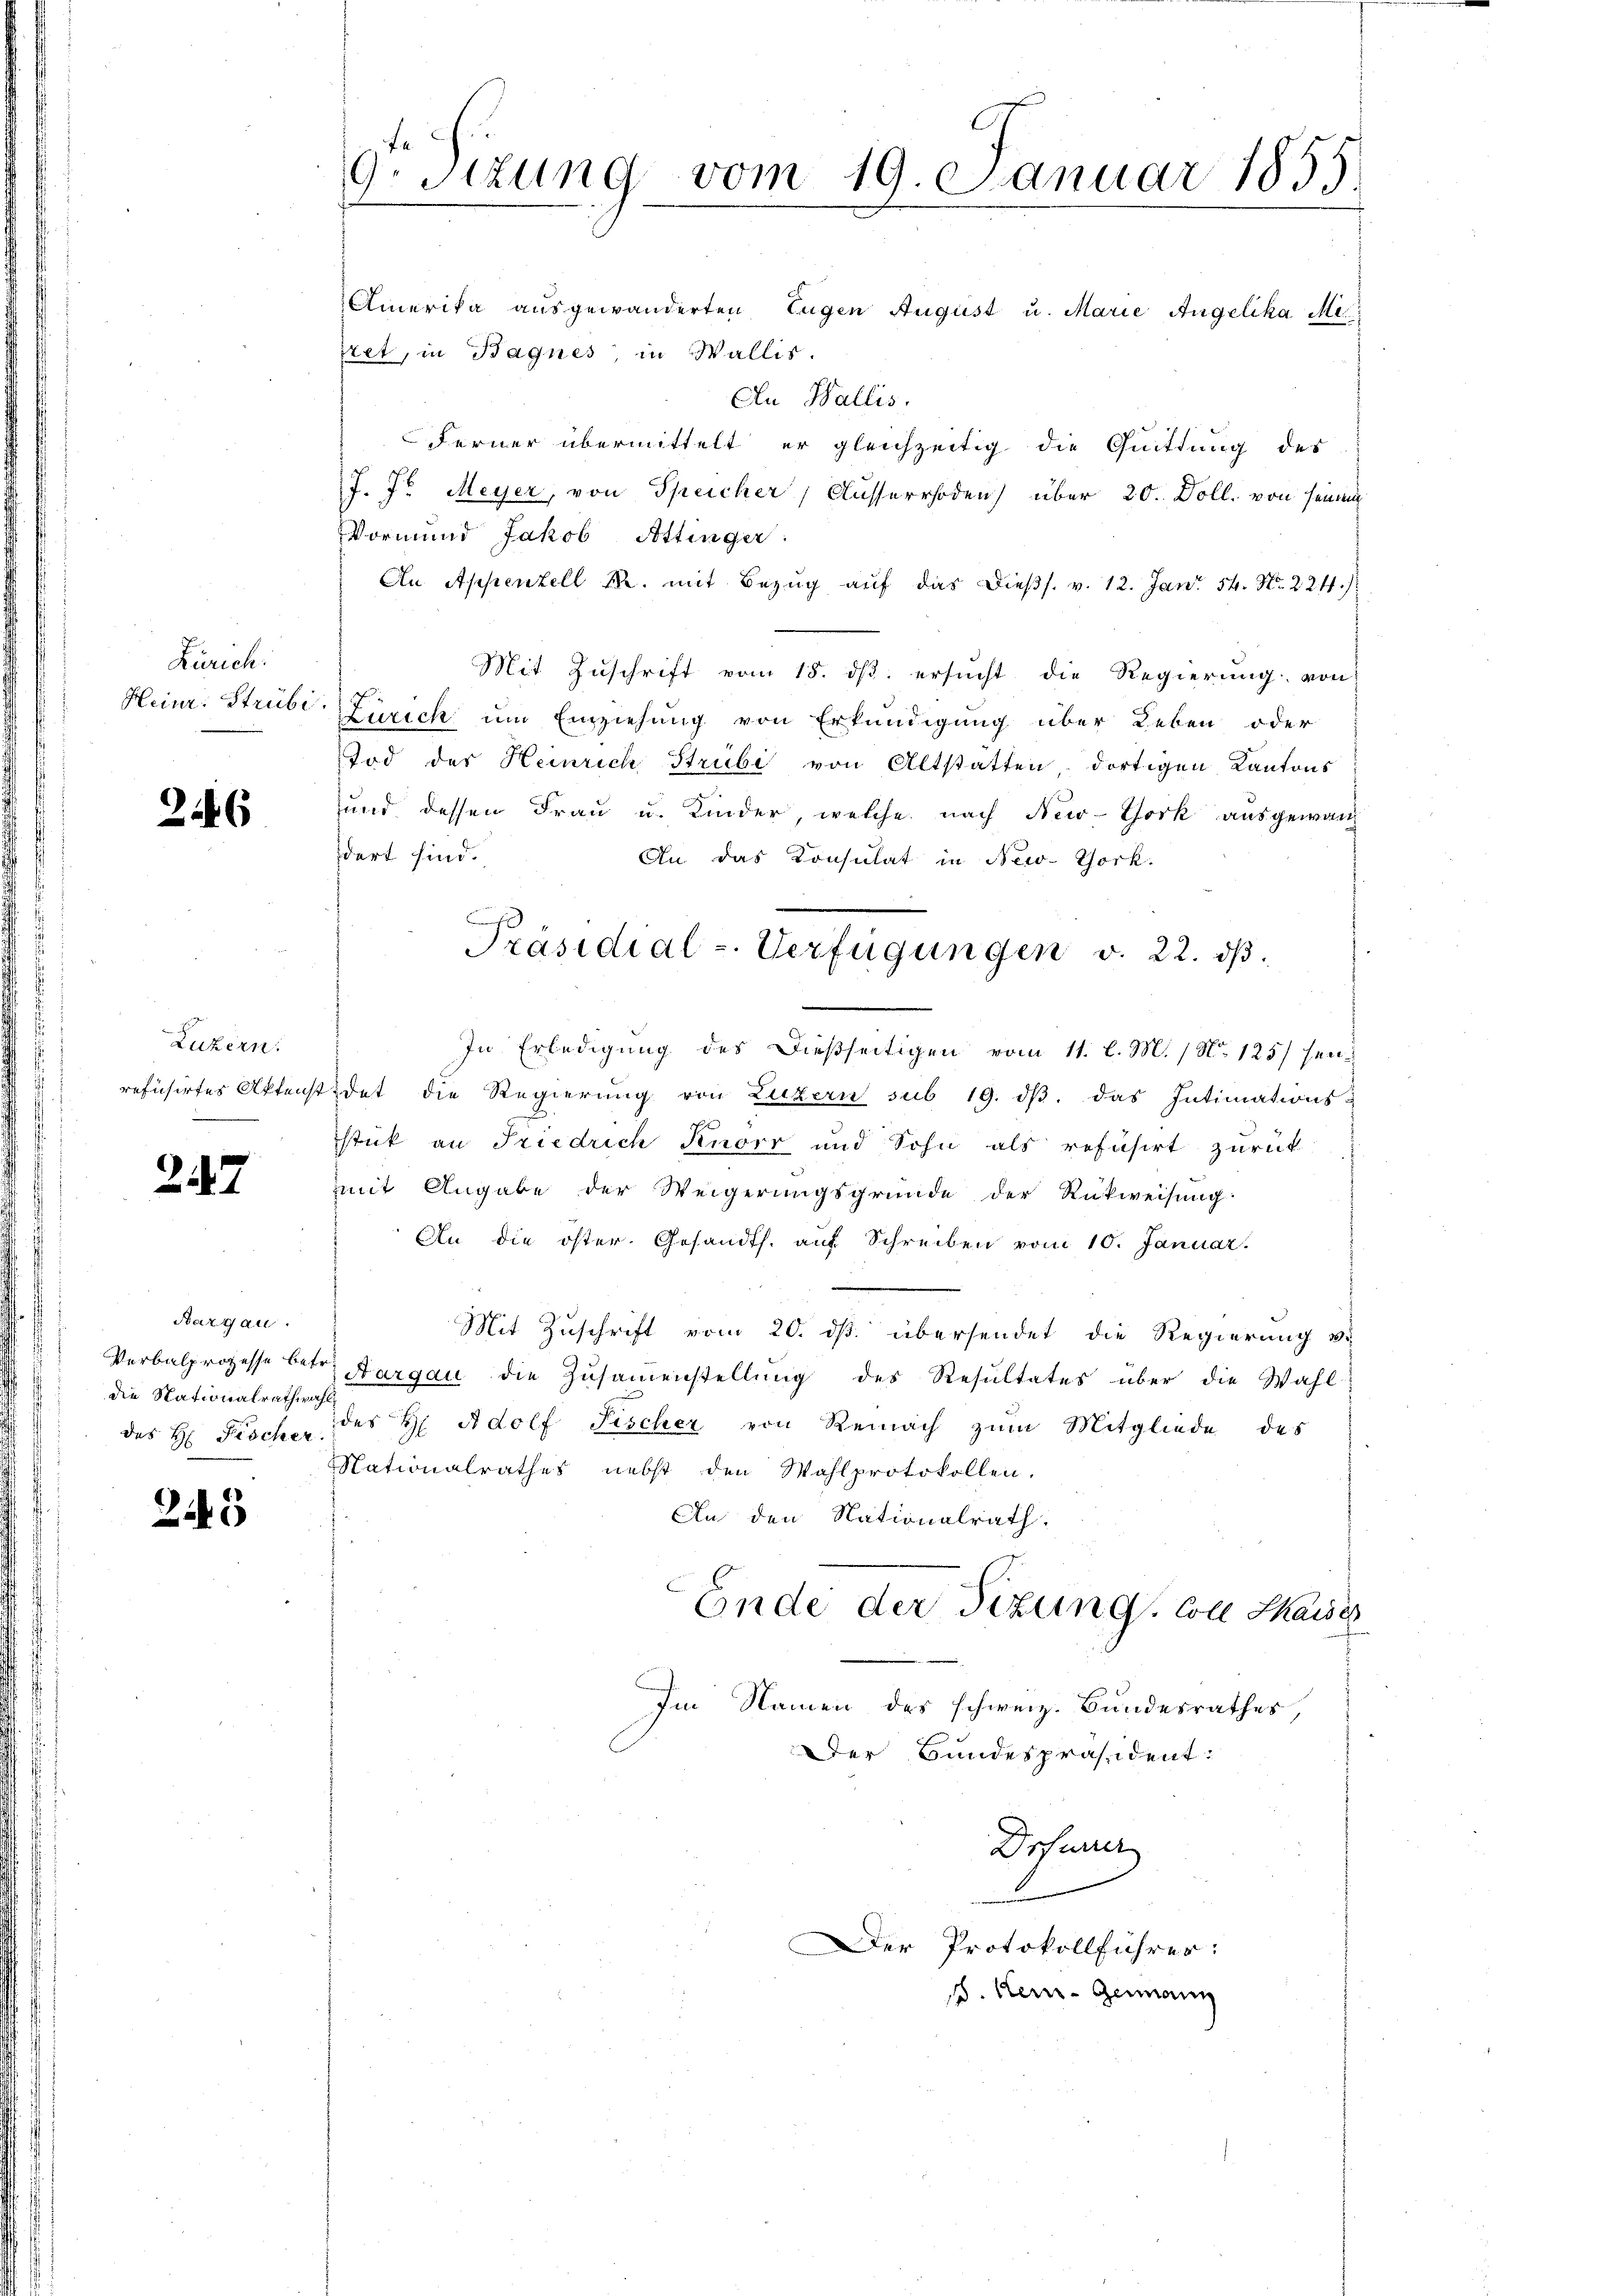
Zürich:
Heinr. Strubi

226

Luzern
refüsirtes Aktens

247

Aargau.
Verbalprozesse betr
die Nationalrath wah
des H. Fischer.

245

9. Sitzung vom 19. Januar 1855.

Amerika ausgewanderten Eugen August u. Marie Angelika Mepret, in Bagnes, in Wallis.
Au Wallis,
Ferner übermittelt er gleichzeitig die Quittung des
J. J. Meyer, von Speicher, Ausserrhoden) über 20. Doll. von seinem
Vormund Jakob Attinger.
An Appenzell M. mit Bezug auf das dießs. v. 12. Jan. 54. No. 224.
Mit Zuschrift vom 18. ds. ersucht die Regierung von
Zürich um Einziehung von Erkundigung über Leben oder
Tod der Heinrich Strubi von Altstatten, dortigen Kantons
und dessen Frau u. Kinder, welche nach New-York ausgewan
dert sind.
An das Consulat in New-York.
In Erledigung des dießseitigen vom 11. l. M. / No 125) seidet die Regierung von Luzern sub 19. dβ das Intimations-
stick an Friedrich Knorr und Sohn als refusirt zurück
Zmit Angabe der Weigerungsgründe der Rückweisung
An die öster. Gesandts. auf Schreiben vom 10. Januar.
|
Mit Zuschrift vom 20. ds. übersendet die Regierung vo
Aargau die Zusammenstellung des Resultates über die Wahl-
des H. Adolf Fischer von Reinach zum Mitgliede des
Nationalrathes nebst den Wahlprotokollen.
An den Nationalrath.
Ende der Sizung, Colle Chaise
Im Namen des schweiz. Bundesrathes,
Der Bundespräsident:

Präsidial-Verfügungen v. 22. dβ.

Drfunder
Der Protokollführer:

d. Kei-Germann